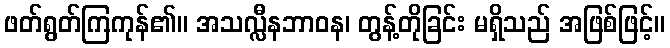
ဖတ်ရွတ်ကြကုန်၏။ အသလ္လီနဘာဝန၊ တွန့်တိုခြင်း မရှိသည် အဖြစ်ဖြင့်။